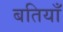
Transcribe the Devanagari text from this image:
बतियाँ